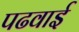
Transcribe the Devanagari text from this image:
पढवाई